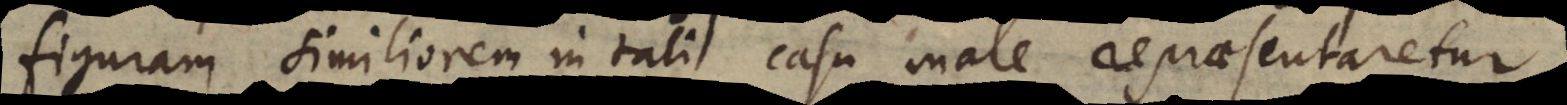
figuram similiorem in tali casu male repraesentaretur.